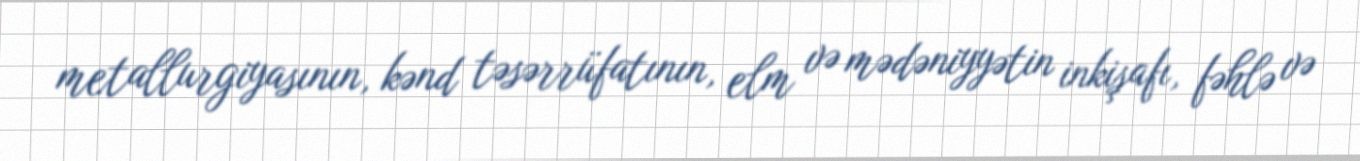
metallurgiyasının, kənd təsərrüfatının, elm və mədəniyyətin inkişafı, fəhlə və